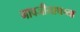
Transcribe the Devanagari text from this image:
नावजीनाथच्या